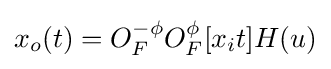
x_{o}(t)=O_{F}^{-\phi }{O_{F}^{\phi }[x_{i}{t}]H(u)}